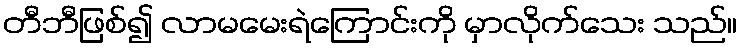
တီဘီဖြစ်၍ လာမမေးရဲကြောင်းကို မှာလိုက်သေး သည်။